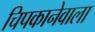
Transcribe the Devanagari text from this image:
चिपकानेवाला